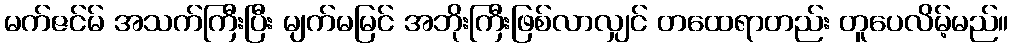
မက်ဇင်မ် အသက်ကြီးပြီး မျက်မမြင် အဘိုးကြီးဖြစ်လာလျှင် တထေရာတည်း တူပေလိမ့်မည်။